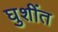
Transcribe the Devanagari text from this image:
घुशींत